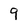
Character: 9